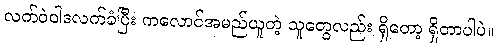
လက်ဝဲဝါဒလက်ခံပြီး ကလောင်အမည်ယူတဲ့ သူတွေလည်း ရှိတော့ ရှိတာပါပဲ။